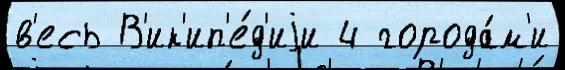
в'есь В'ик'ип'е́д'иjи 4 города́м'и